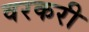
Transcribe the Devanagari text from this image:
वरकरी